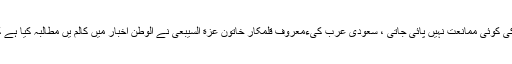
اسلامی شریعت میں اس قسم کی کوئی بھی پابندی لگانے کی کوئی ممانعت نہیں پائی جاتی ، سعودی عرب کیءمعروف قلمکار خاتون عزة السیبعی نے الوطن اخبار میں کالم یں مطالبہ کیا ہے کہ خواتین کو انکے گھروں سے نکالنے سے روکا جائے ۔